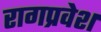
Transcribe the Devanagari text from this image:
रागप्रवेश